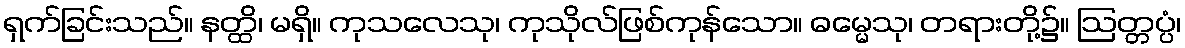
ရှက်ခြင်းသည်။ နတ္ထိ၊ မရှိ။ ကုသလေသု၊ ကုသိုလ်ဖြစ်ကုန်သော။ ဓမ္မေသု၊ တရားတို့၌။ ဩတ္တပ္ပံ၊